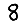
Digit: 8